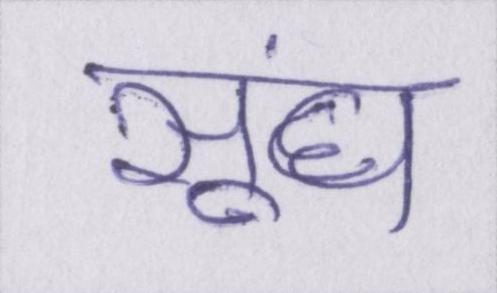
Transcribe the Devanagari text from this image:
सूंघ